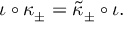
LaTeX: \iota \circ \kappa _ { \pm } = \tilde { \kappa } _ { \pm } \circ \iota .